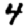
Digit: 4